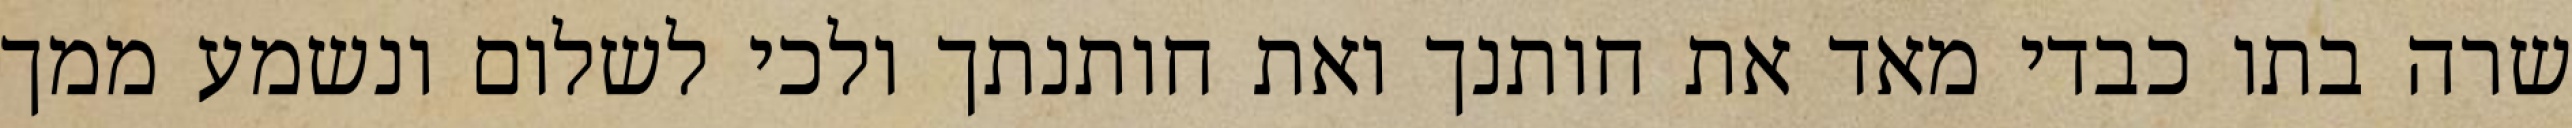
שרה בתו כבדי מאד את חותנך ואת חותנתך ולכי לשלום ונשמע ממך